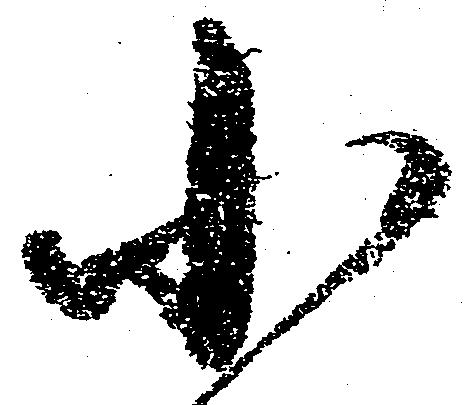
小